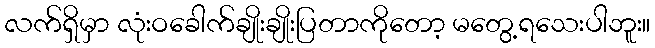
လက်ရှိမှာ လုံးဝခေါက်ချိုးချိုးပြတာကိုတော့ မတွေ့ရသေးပါဘူး။